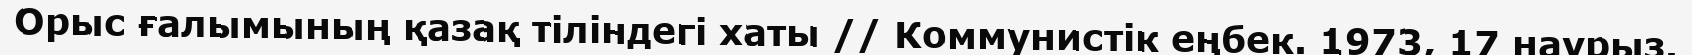
Орыс ғалымының қазақ тіліндегі хаты // Коммунистік еңбек. 1973, 17 наурыз.